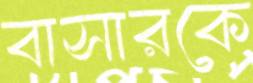
বাসারকে